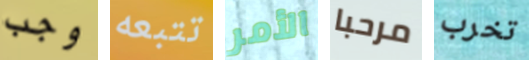
وجب تتبعه الأمر مرحبا تخرب